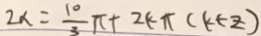
2 x = \frac { 1 0 } { 3 } \pi + 2 k \pi ( k \in z )